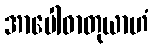
အာပေါဓာတုယာဟံ